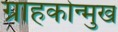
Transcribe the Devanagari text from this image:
ग्राहकोन्मुख